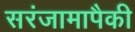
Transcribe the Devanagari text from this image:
सरंजामापैकी